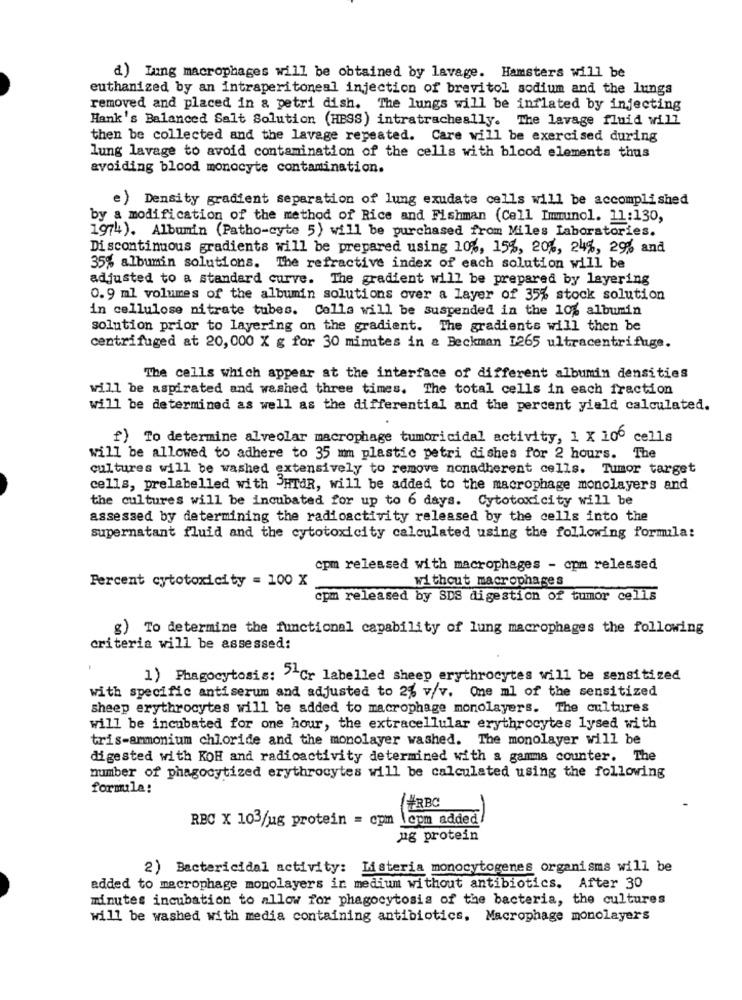
d) Lung macrophages will be obtained by lavage. Hamsters will be
euthanized by an intraperitoneal injection of brevitol sodium and the lungs
removed and placed in & petri dish. The lungs will be inflated by injecting
Hank's Balanced Salt Solution (HBSS) intratracheally. The lavage fluid will
then be collected and the lavage repeated. Care will be exercised during
lung lavage to avoid contamination of the cells with blood elements thus
avoiding blood monocyte contamination.
e) Density gradient separation of lung exudate cells will be accomplished
by a modification of the method of Rice and Fishman (Cell Immunol. 11:130,
1974). Albumin (Patho-cyte 5) will be purchased from Miles Laboratories.
Discontinuous gradients will be prepared using 10%, 15%, 20%, 24%, 29% and
35% albumin solutions. The refractive index of each solution will be
adjusted to a standard curve. The gradient will be prepared by layering
0.9 ml volumes of the albumin solutions over a layer of 35% stock solution
in cellulose nitrate tubes. Colla will be suspended in the 10% albumin
solution prior to layering on the gradient. The gradients will then be
centrifuged at 20, 000 X g for 30 minutes in a Beckman 1265 ultracentrifuge.
The cells which appear at the interface of different albumin densities
will be aspirated and washed three times. The total cells in each fraction
will be determined as well as the differential and the percent yield calculated.
f) To determine alveolar macrophage tumoricidal activity, 1 X 106 cells
will be allowed to adhere to 35 mm plastic petri dishes for 2 hours. The
cultures will be washed extensively to remove nonadherent cells. Tumor target
cells, prelabelled with "HTAR, will be added to the macrophage monolayers and
the cultures will be incubated for up to 6 days. Cytotoxicity will be
assessed by determining the radioactivity released by the cells into the
supernatant fluid and the cytotoxicity calculated using the following formula:
cpm released with macrophages - com released
Percent cytotoxicity = 100 X
without macrophages
cpm released by SDS digestion of tumor cells
g) To determine the functional capability of lung macrophages the following
criteria will be assessed:
1) Phagocytosis: ""Cr labelled sheep erythrocytes will be sensitized
with specific antiserum and adjusted to 2% v/v. One ml of the sensitized
sheep erythrocytes will be added to macrophage monolayers. The cultures
will be incubated for one hour, the extracellular erythrocytes lysed with
tris-ammonium chloride and the monolayer washed. The monolayer will be
digested with KOH and radioactivity determined with a gamma counter. The
number of phagocytized erythrocytes will be calculated using the following
formula:
#RBC
RBC X 103/ug protein = cpm lepm added
ug protein
2) Bactericidal activity: Listeria monocytogenes organisms will be
added to macrophage monolayers in medium without antibiotics. After 30
minutes incubation to allow for phagocytosis of the bacteria, the cultures
will be washed with media containing antibiotics, Macrophage monolayers